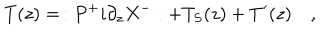
LaTeX: T ( z ) = \, : P ^ { + } i \partial _ { z } X ^ { - } : + T _ { S } ( z ) + T ^ { \prime } ( z ) \quad ,